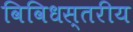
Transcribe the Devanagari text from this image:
विविधस्तरीय